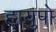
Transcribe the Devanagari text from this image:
हायुपो